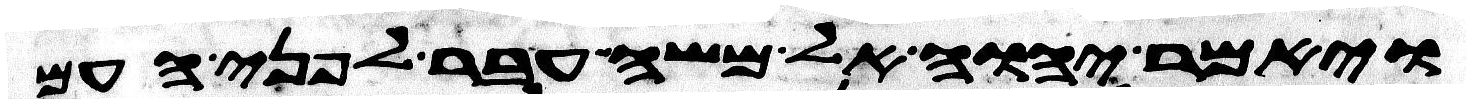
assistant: ויאמר יהוה אל משה עבר לפני העם